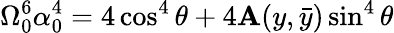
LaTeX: \Omega_{0}^{6}\alpha_{0}^{4}=4\cos^{4}\theta+4\mathbf{A}(y,\bar{{y}})\sin^{4}\theta